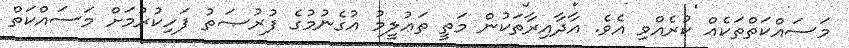
މަސައްކަތްތަކެއް ކުރެއްވި އެވެ. އާދާއިރާތަކުން މަތީ ތަޢުލީމު އުގެނުމުގެ ފުރުޞަތު ފަހިކުރުމަށް މަސައްކަތް